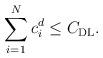
LaTeX: \begin{align*}\sum_{i=1}^Nc^d_{i}\leq C_{\mathrm{DL}}.\end{align*}